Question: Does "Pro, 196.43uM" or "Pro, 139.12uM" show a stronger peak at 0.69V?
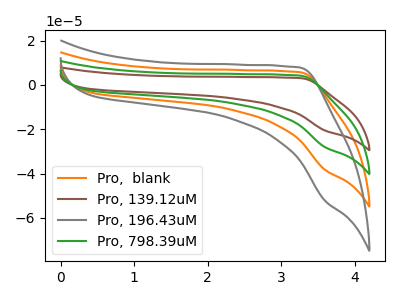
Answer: <think>The orange curve "Pro,  blank" has no peaks. The brown curve "Pro, 139.12uM" has no peaks. The gray curve "Pro, 196.43uM" has no peaks. The green curve "Pro, 798.39uM" has no peaks.</think>
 <answer>"Pro, 196.43uM" and "Pro, 139.12uM" dont share a peak at 0.69V.</answer>
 <eval>mismatch</eval>